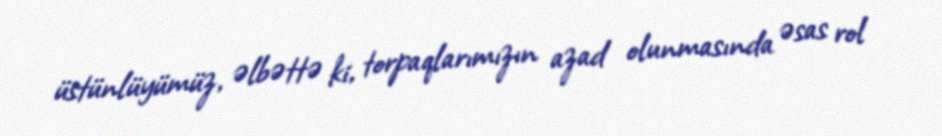
üstünlüyümüz, əlbəttə ki, torpaqlarımızın azad olunmasında əsas rol